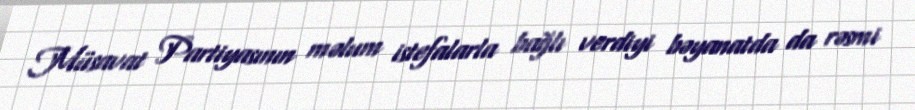
Müsavat Partiyasının məlum istefalarla bağlı verdiyi bəyanatda da rəsmi